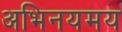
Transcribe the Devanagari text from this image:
अभिनयमय